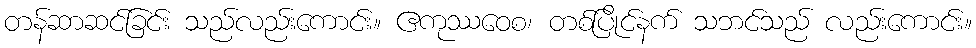
တန်ဆာဆင်ခြင်း သည်လည်းကောင်း။ ဧကုဿဝေစ၊ တစ်ပြိုင်နက် သဘင်သည် လည်းကောင်း။